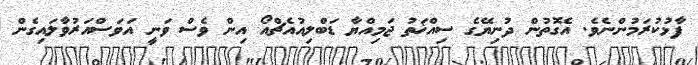
ފާޅުކުރަމުންނެވެ. އެގޮތުން ދުނިޔޭގެ ސިއްޚަތު ޖަމިއްޔާ ޑަބްލިއުއެޗްއޯ އިން ވެސް ވަނީ އަވަސްއަރުވާލައިގެން